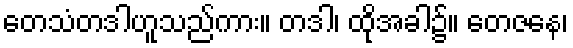
တေသံတဒါဟူသည်ကား။ တဒါ၊ ထိုအခါ၌။ တေဇနေ၊